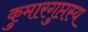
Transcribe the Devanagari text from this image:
कुमारगुप्तस्य